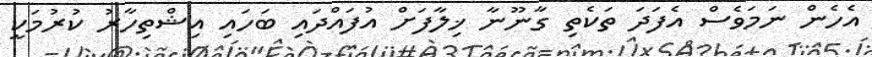
އެހެން ނަމަވެސް އެފަދަ ތަކެތި ގާނޫނާ ޚިލާފަށް އުފައްދައި ބަހައި އިޝްތިހާރު ކުރުމަކީ